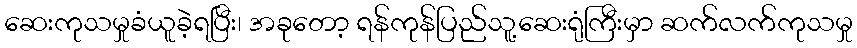
ဆေးကုသမှုခံယူခဲ့ရပြီး၊ အခုတော့ ရန်ကုန်ပြည်သူ့ဆေးရုံကြီးမှာ ဆက်လက်ကုသမှု